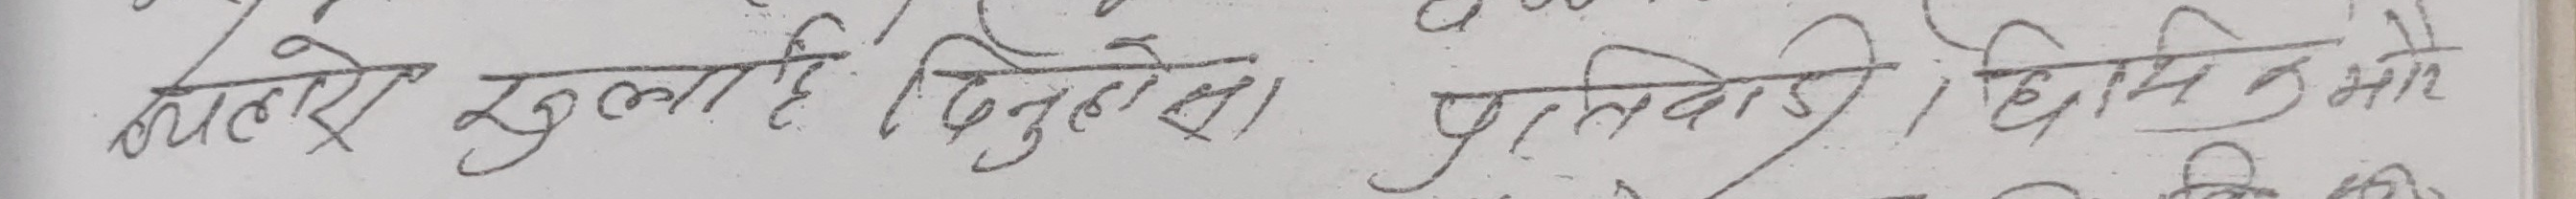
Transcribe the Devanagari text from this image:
बलछे खुला है बिनदेश प्रतिवादी हामीले